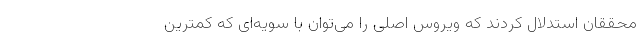
محققان استدلال کردند که ویروس اصلی را می‌توان با سویه‌ای که کمترین